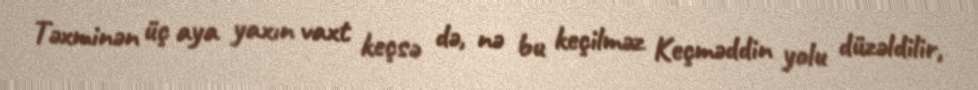
Təxminən üç aya yaxın vaxt keçsə də, nə bu keçilməz Keçməddin yolu düzəldilir,